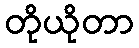
တိုယိုတာ